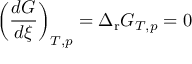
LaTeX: \left( { \frac { d G } { d \xi } } \right) _ { T , p } = \Delta _ { \mathrm { r } } G _ { T , p } = 0